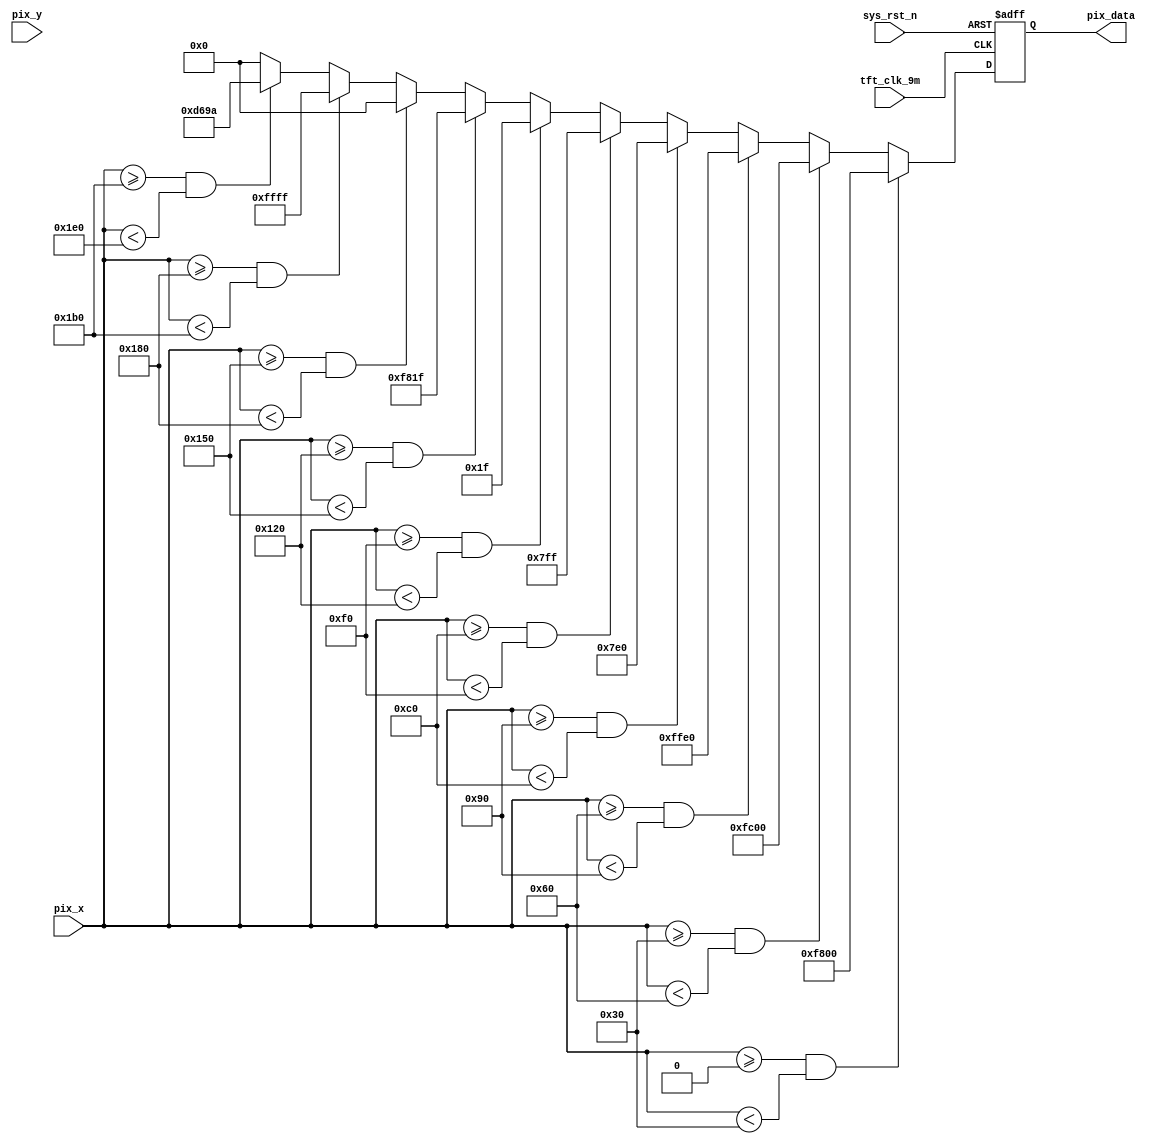
`timescale  1ns/1ns
////////////////////////////////////////////////////////////////////////
// Module Name   : tft_ctrl
// Project Name  : tft_colorbar
// Target Devices: Altera EP4CE10F17C8N
// Tool Versions : Quartus 13.0
// Description   : 
// 
// Revision      : V1.0
// Additional Comments:
// 
// : _Pro_FPGA
//     : http://www.embedfire.com
//     : http://www.firebbs.cn
//     : https://fire-stm32.taobao.com
////////////////////////////////////////////////////////////////////////

module  tft_pic
(
    input   wire            tft_clk_9m  ,   //,9MHz
    input   wire            sys_rst_n   ,   //,
    input   wire    [9:0]   pix_x       ,   //TFTX
    input   wire    [9:0]   pix_y       ,   //TFTY

    output  reg     [15:0]  pix_data        //

);

//********************************************************************//
//****************** Parameter and Internal Signal *******************//
//********************************************************************//

parameter   H_VALID =   10'd480 ,   //
            V_VALID =   10'd272 ;   //

parameter   RED     =   16'hF800,   //
            ORANGE  =   16'hFC00,   //
            YELLOW  =   16'hFFE0,   //
            GREEN   =   16'h07E0,   //
            CYAN    =   16'h07FF,   //
            BLUE    =   16'h001F,   //
            PURPPLE =   16'hF81F,   //
            BLACK   =   16'h0000,   //
            WHITE   =   16'hFFFF,   //
            GRAY    =   16'hD69A;   //

//********************************************************************//
//***************************** Main Code ****************************//
//********************************************************************//

//pix_data:,
always@(posedge tft_clk_9m or negedge sys_rst_n)
    if(sys_rst_n == 1'b0)
        pix_data    <= 16'd0;
    else    if((pix_x >= 0) && (pix_x < (H_VALID/10)*1))
        pix_data    <=  RED;
    else    if((pix_x >= (H_VALID/10)*1) && (pix_x < (H_VALID/10)*2))
        pix_data    <=  ORANGE;
    else    if((pix_x >= (H_VALID/10)*2) && (pix_x < (H_VALID/10)*3))
        pix_data    <=  YELLOW;
    else    if((pix_x >= (H_VALID/10)*3) && (pix_x < (H_VALID/10)*4))
        pix_data    <=  GREEN;
    else    if((pix_x >= (H_VALID/10)*4) && (pix_x < (H_VALID/10)*5))
        pix_data    <=  CYAN;
    else    if((pix_x >= (H_VALID/10)*5) && (pix_x < (H_VALID/10)*6))
        pix_data    <=  BLUE;
    else    if((pix_x >= (H_VALID/10)*6) && (pix_x < (H_VALID/10)*7))
        pix_data    <=  PURPPLE;
    else    if((pix_x >= (H_VALID/10)*7) && (pix_x < (H_VALID/10)*8))
        pix_data    <=  BLACK;
    else    if((pix_x >= (H_VALID/10)*8) && (pix_x < (H_VALID/10)*9))
        pix_data    <=  WHITE;
    else    if((pix_x >= (H_VALID/10)*9) && (pix_x < H_VALID))
        pix_data    <=  GRAY;
    else
        pix_data    <=  BLACK;

endmodule